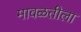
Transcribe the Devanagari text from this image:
मावळतीला